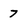
Character: 7